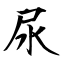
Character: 尿